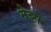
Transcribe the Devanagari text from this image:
मेब्स